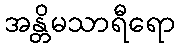
အန္တိမသာရီရော